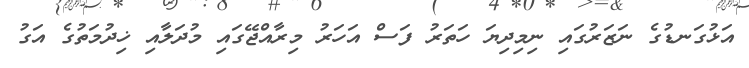
އަޅުގަނޑުގެ ނަޒަރުގައި ނިމިދިޔަ ހަތަރު ފަސް އަހަރު މިރާއްޖޭގައި މުދަލާއި ޚިދުމަތުގެ އަގު